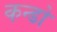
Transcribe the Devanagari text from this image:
कन्डो